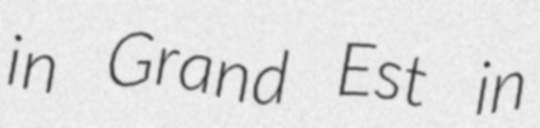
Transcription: in Grand Est in